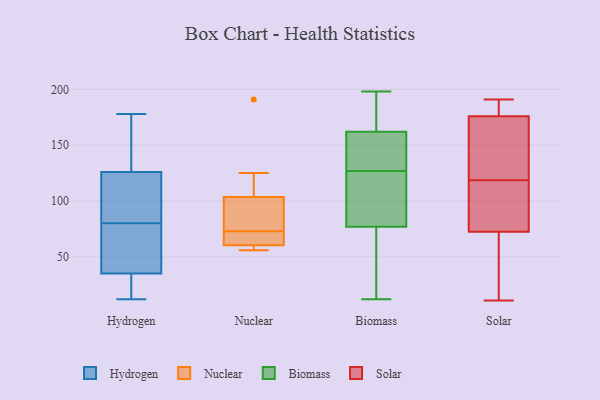
{"axis": {"x": "Humidity (%)", "y": "Value"}, "legend": ["Biomass", "Hydrogen", "Nuclear", "Solar"], "data": [{"x": "", "y": 85, "type": "Hydrogen"}, {"x": "", "y": 75, "type": "Hydrogen"}, {"x": "", "y": 35, "type": "Hydrogen"}, {"x": "", "y": 36, "type": "Hydrogen"}, {"x": "", "y": 134, "type": "Hydrogen"}, {"x": "", "y": 152, "type": "Hydrogen"}, {"x": "", "y": 65, "type": "Hydrogen"}, {"x": "", "y": 97, "type": "Hydrogen"}, {"x": "", "y": 126, "type": "Hydrogen"}, {"x": "", "y": 12, "type": "Hydrogen"}, {"x": "", "y": 115, "type": "Hydrogen"}, {"x": "", "y": 16, "type": "Hydrogen"}, {"x": "", "y": 35, "type": "Hydrogen"}, {"x": "", "y": 164, "type": "Hydrogen"}, {"x": "", "y": 178, "type": "Hydrogen"}, {"x": "", "y": 16, "type": "Hydrogen"}, {"x": "", "y": 123, "type": "Hydrogen"}, {"x": "", "y": 41, "type": "Hydrogen"}, {"x": "", "y": 91, "type": "Nuclear"}, {"x": "", "y": 65, "type": "Nuclear"}, {"x": "", "y": 125, "type": "Nuclear"}, {"x": "", "y": 105, "type": "Nuclear"}, {"x": "", "y": 99, "type": "Nuclear"}, {"x": "", "y": 191, "type": "Nuclear"}, {"x": "", "y": 58, "type": "Nuclear"}, {"x": "", "y": 56, "type": "Nuclear"}, {"x": "", "y": 71, "type": "Nuclear"}, {"x": "", "y": 73, "type": "Nuclear"}, {"x": "", "y": 59, "type": "Nuclear"}, {"x": "", "y": 27, "type": "Biomass"}, {"x": "", "y": 126, "type": "Biomass"}, {"x": "", "y": 138, "type": "Biomass"}, {"x": "", "y": 128, "type": "Biomass"}, {"x": "", "y": 175, "type": "Biomass"}, {"x": "", "y": 21, "type": "Biomass"}, {"x": "", "y": 116, "type": "Biomass"}, {"x": "", "y": 198, "type": "Biomass"}, {"x": "", "y": 77, "type": "Biomass"}, {"x": "", "y": 12, "type": "Biomass"}, {"x": "", "y": 193, "type": "Biomass"}, {"x": "", "y": 166, "type": "Biomass"}, {"x": "", "y": 140, "type": "Biomass"}, {"x": "", "y": 153, "type": "Biomass"}, {"x": "", "y": 59, "type": "Biomass"}, {"x": "", "y": 94, "type": "Biomass"}, {"x": "", "y": 122, "type": "Biomass"}, {"x": "", "y": 162, "type": "Biomass"}, {"x": "", "y": 187, "type": "Solar"}, {"x": "", "y": 14, "type": "Solar"}, {"x": "", "y": 185, "type": "Solar"}, {"x": "", "y": 39, "type": "Solar"}, {"x": "", "y": 167, "type": "Solar"}, {"x": "", "y": 126, "type": "Solar"}, {"x": "", "y": 111, "type": "Solar"}, {"x": "", "y": 106, "type": "Solar"}, {"x": "", "y": 191, "type": "Solar"}, {"x": "", "y": 163, "type": "Solar"}, {"x": "", "y": 11, "type": "Solar"}, {"x": "", "y": 111, "type": "Solar"}]}